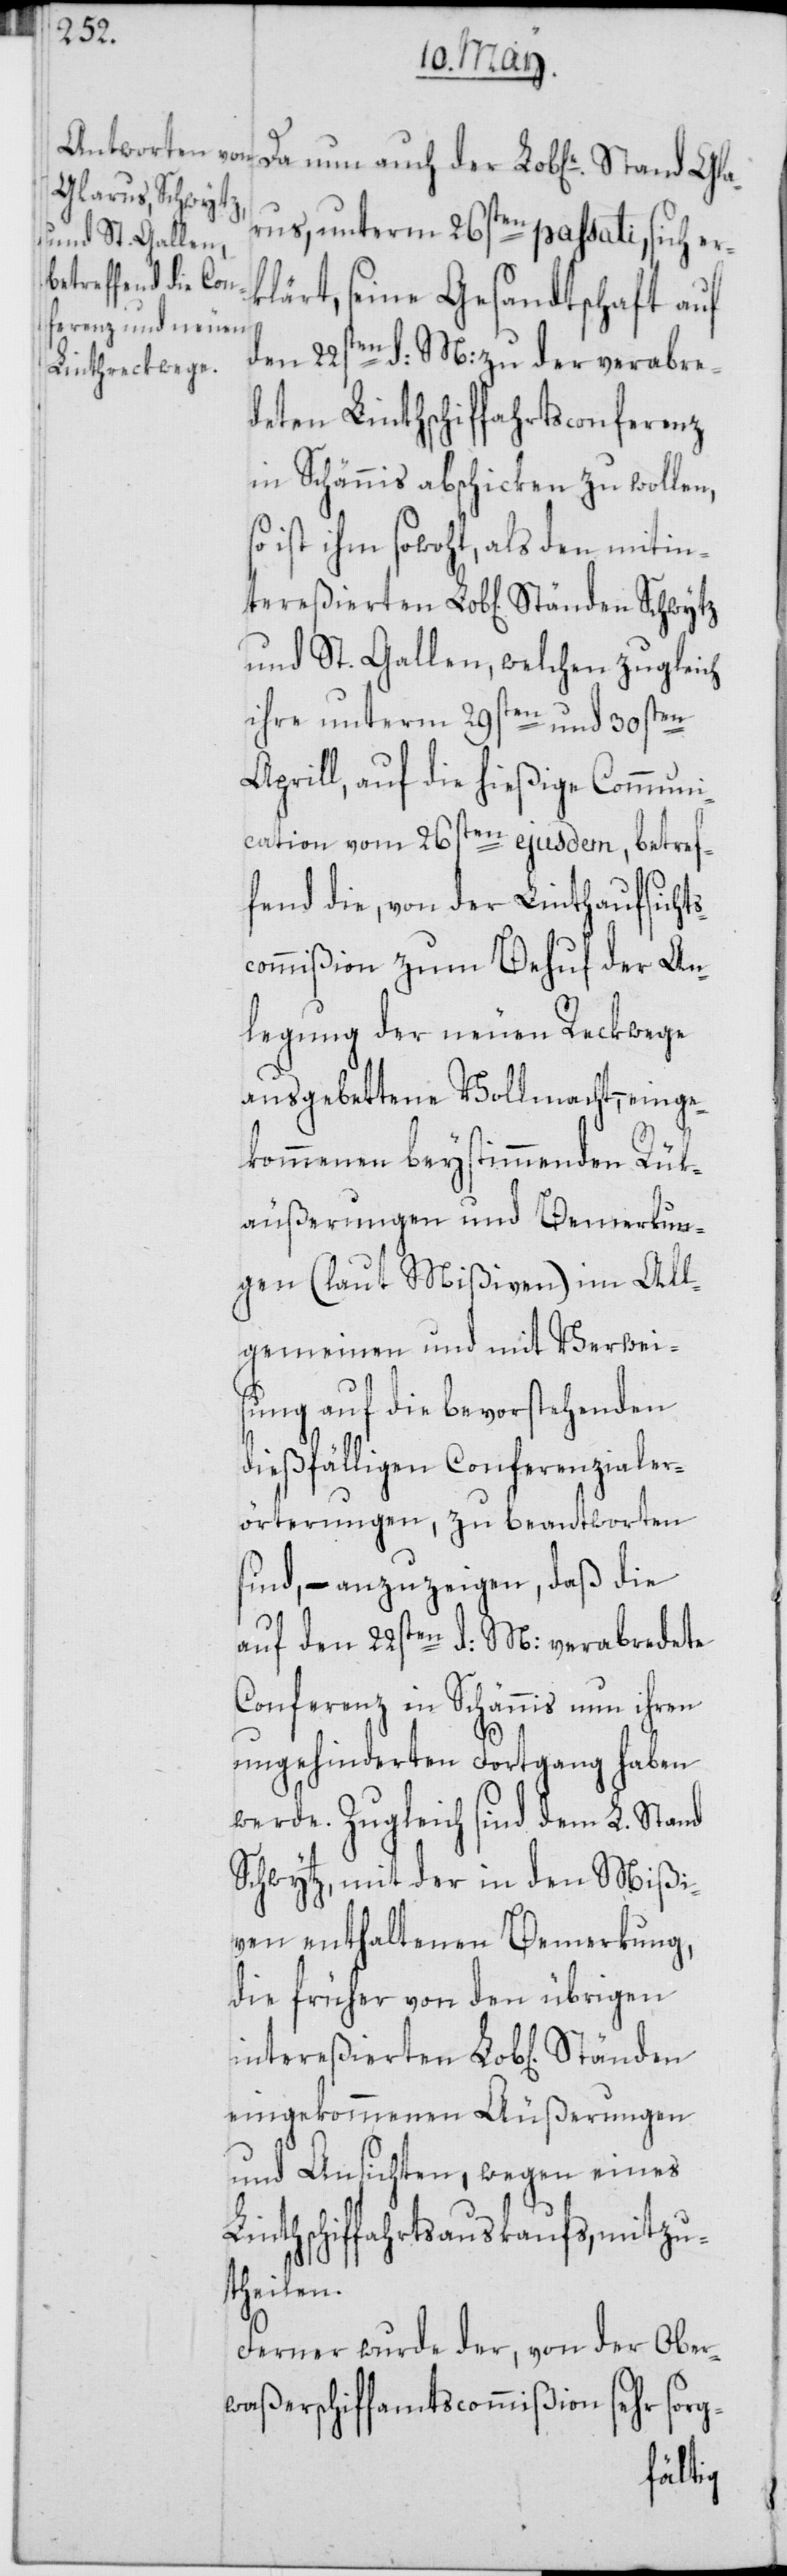
Gla¬
Ständen Schwytz
rus, unterm 26sten passati, sich erk¬
lärt, seine Gesandtschaft auf
den 22sten d: M: zu der verabre¬
deten Linthschiffahrtsconferenz
in Schännis abschicken zu wollen,
ist ihm sowohl, als den miti¬
und St. Gallen, welchen zugleich
ihre unterm 29sten und 30sten
Aprill, auf die hießige Communi¬
cation vom 26sten ejusdem, betref¬
fend die, von der Linthaufsichts¬
commißion zum Behuf der An¬
legung der neuen Reckwege
ausgebettene Vollmacht, – einge¬
kommenen beystimmenden Rük¬
äußerungen und Bemerkun¬
gen (laut Mißiven) im All¬
gemeinen und mit Verwei¬
sung auf die bevorstehenden
dießfälligen Conferenzialer¬
örterungen, zu beantworten
sind, – anzuzeigen, daß die
auf den 22sten d: M: verabredete
Conferenz in Schännis nun ihren
ungehinderten Fortgang haben
werde. Zugleich sind dem L. Stand
Schwytz, mit der in den Mißi¬
ven enthaltenen Bemerkung,
die früher von den übrigen
intereßierten Lob[lichen]
eingekommenen Äußerungen
und Ansichten, wegen eines
Linthschiffahrtsauskaufs, mitzu¬
theilen.
Ferner wurde der, von der Ober¬
waßerschiffamtscommißion sehr sorg-